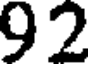
92